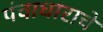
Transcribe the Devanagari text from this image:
पंचाधाराचे